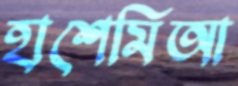
হাশেমিআ